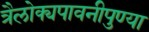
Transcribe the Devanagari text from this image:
त्रैलोक्यपावनीपुण्या